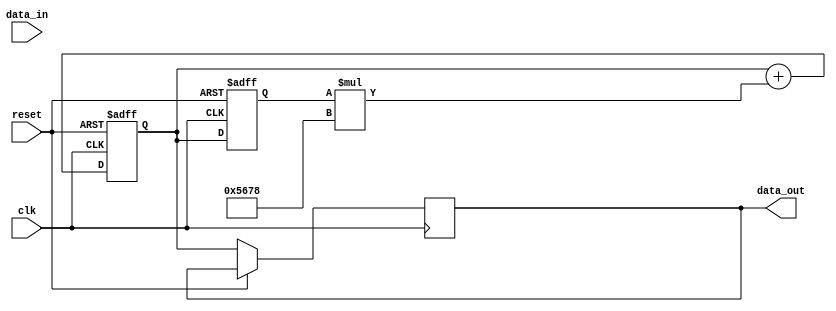
module iir_filter_accumulator (
  input wire clk,
  input wire reset,
  input wire [15:0] data_in,
  output wire [15:0] data_out
);

reg [15:0] accumulator;
reg [15:0] filtered_output;

// Define filter coefficients
parameter [15:0] coeff1 = 16'h1234;
parameter [15:0] coeff2 = 16'h5678;

// Filter stages
always @(posedge clk or posedge reset) begin
  if (reset) begin
    accumulator <= 16'h0000;
    filtered_output <= 16'h0000;
  end else begin
    // Stage 1
    accumulator <= accumulator + data_in * coeff1;
    filtered_output <= accumulator;

    // Stage 2
    accumulator <= accumulator + filtered_output * coeff2;
    data_out <= accumulator;
  end
end

endmodule